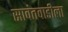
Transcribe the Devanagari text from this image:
सावंतवाडीला